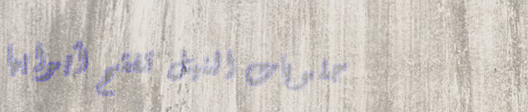
حلويات النيل تفتح أبوابها